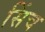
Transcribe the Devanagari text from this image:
सिंच